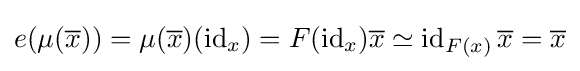
e(\mu ({\overline {x}}))=\mu ({\overline {x}})(\operatorname {id} _{x})=F(\operatorname {id} _{x}){\overline {x}}\simeq \operatorname {id} _{F(x)}{\overline {x}}={\overline {x}}